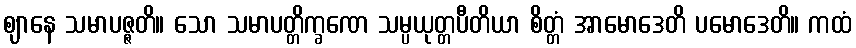
ဈာနေ သမာပဇ္ဇတိ။ သော သမာပတ္တိက္ခဏေ သမ္ပယုတ္တပီတိယာ စိတ္တံ အာမောဒေတိ ပမောဒေတိ။ ကထံ